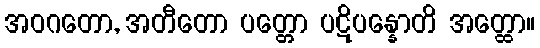
အဝဂတော, အတီတော ပတ္တော ပဋိပန္နောတိ အတ္ထော။